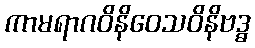
ကာမရာဂဝိနိဝေသဝိနိဗဒ္ဓ